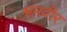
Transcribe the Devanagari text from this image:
श्रमवीर